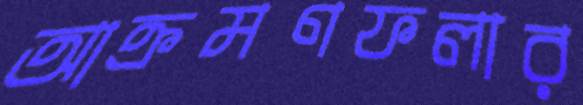
আক্রমণফলার